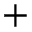
+